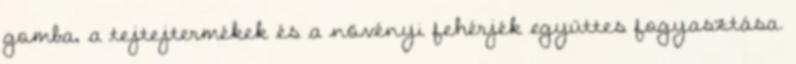
gomba, a tejtejtermékek és a növényi fehérjék együttes fogyasztása.